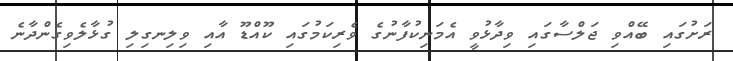
ރަށުގައި ބޭއްވި ޖަލްސާގައި ވިދާޅުވީ އެމަނިކުފާނުގެ ވެރިކަމުގައި ކޫއްޑޫ އާއި ވިލިނގިލި ގުޅާލެވިގެންދާނެ